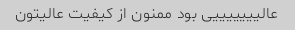
عالیییییییی بود ممنون از کیفیت عالیتون